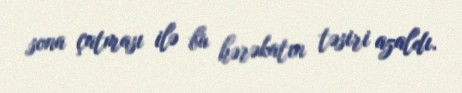
sona çatması ilə bu hərəkatın təsiri azaldı.